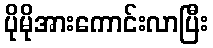
ပိုမိုအားကောင်းလာပြီး